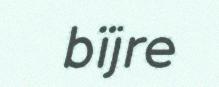
bïjre